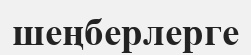
шеңберлерге